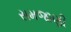
સમજાણી